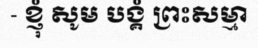
- ខ្ញុំ សូម បង្គំ ព្រះសម្មា